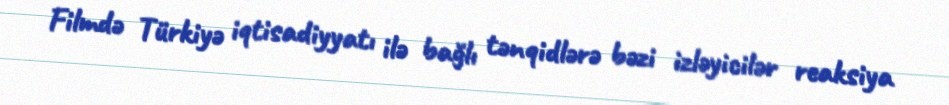
Filmdə Türkiyə iqtisadiyyatı ilə bağlı tənqidlərə bəzi izləyicilər reaksiya